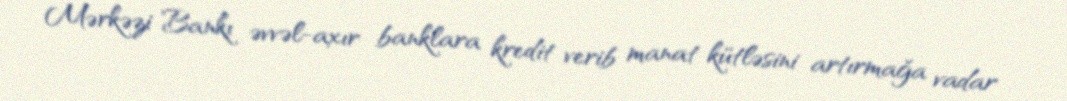
Mərkəzi Bankı əvvəl-axır banklara kredit verib manat kütləsini artırmağa vadar